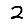
Digit: 2